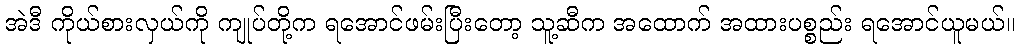
အဲဒီ ကိုယ်စားလှယ်ကို ကျုပ်တို့က ရအောင်ဖမ်းပြီးတော့ သူ့ဆီက အထောက် အထားပစ္စည်း ရအောင်ယူမယ်။